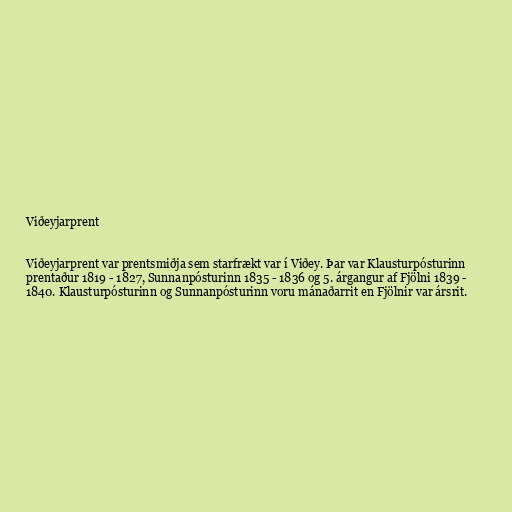
Viðeyjarprent

Viðeyjarprent var prentsmiðja sem starfrækt var í Viðey. Þar var Klausturpósturinn
prentaður 1819 - 1827, Sunnanpósturinn 1835 - 1836 og 5. árgangur af Fjölni 1839 -
1840. Klausturpósturinn og Sunnanpósturinn voru mánaðarrit en Fjölnir var ársrit.